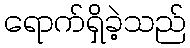
ရောက်ရှိခဲ့သည်